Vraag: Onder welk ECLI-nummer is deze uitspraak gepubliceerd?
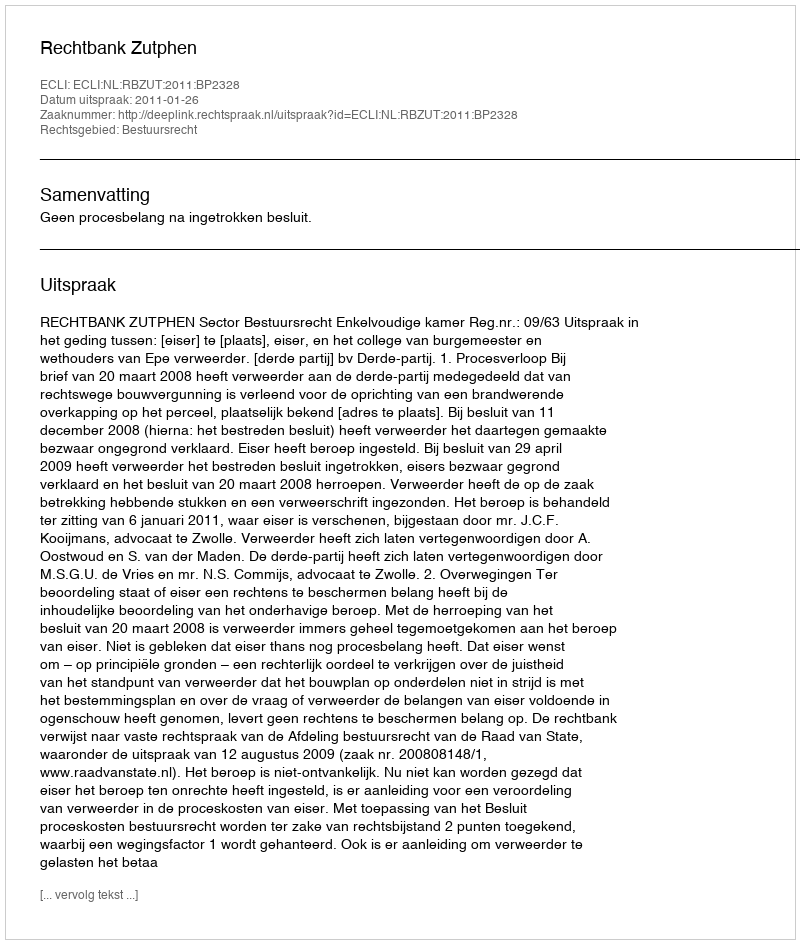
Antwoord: ECLI:NL:RBZUT:2011:BP2328